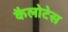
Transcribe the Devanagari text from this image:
कैलोटेस